Annual report of lunatic asylums [Bombay] - 1912-1922
Year: 1912
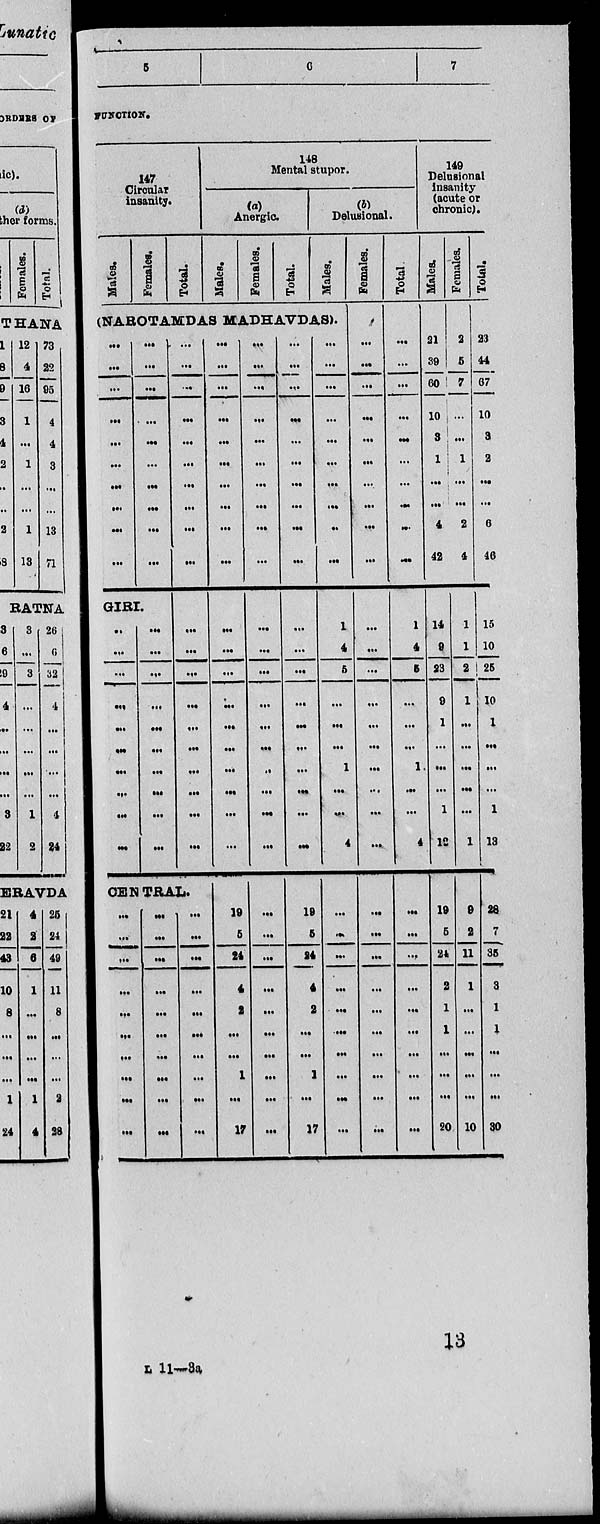
5
6
7
FUNCTION.
147
Circular
insanity.
Males.
Females.
Total.
148
Mental stupor.
(a)
Anergic
Males.
Females.
Total.
(b)
Delusional.
Males.
(NAROTAMDAS MADHAVDAS).
...
...
...
...
...
...
...
...
...
...
...
...
...
...
...
...
...
...
...
...
GIRI.
..
...
...
...
...
...
...
...
...
...
...
...
...
...
...
...
...
...
...
...
...
...
...
...
...
...
...
...
...
...
...
...
...
...
...
...
...
...
...
...
CENTRAL.
...
...
...
...
...
...
...
...
...
...
...
...
...
...
...
...
...
...
...
...
...
...
...
...
...
...
...
...
...
...
...
...
...
...
...
...
...
...
...
...
...
...
...
...
...
...
...
...
...
...
19
5
24
4
2
...
...
1
...
17
...
...
...
...
...
...
...
...
...
...
...
...
...
...
...
...
...
...
...
...
...
...
...
...
...
...
...
...
...
...
...
...
...
...
...
...
...
...
...
...
...
...
...
...
...
...
...
...
...
...
19
5
24
4
2
...
...
1
...
17
...
...
...
...
...
...
...
...
..
...
1
4
5
...
...
...
1
...
...
4
...
...
...
...
...
...
...
...
...
...
Females.
...
...
...
...
...
...
...
...
...
...
...
...
...
...
...
...
...
...
...
...
...
...
...
...
...
...
...
...
...
...
Total
...
...
...
...
...
...
...
...
...
...
...
1
4
5
...
...
...
1
...
...
4
...
...
...
...
...
...
...
...
...
...
149
Delusional
insanity
(acute or
chronic).
Males.
21
39
60
10
3
1
...
...
4
42
14
9
23
9
1
...
...
...
1
12
19
5
24
2
1
1
...
...
...
20
Females.
2
5
7
...
...
1
...
...
2
4
1
1
2
1
...
...
...
...
...
1
9
2
11
1
...
...
...
...
...
10
Total.
23
44
67
10
3
2
...
...
6
46
15
10
25
10
1
...
...
...
1
13
28
7
35
3
1
1
...
...
...
30
13
L 11—3a